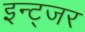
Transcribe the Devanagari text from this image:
इन्ट्जर